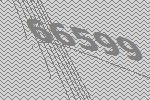
66599